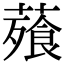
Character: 薞